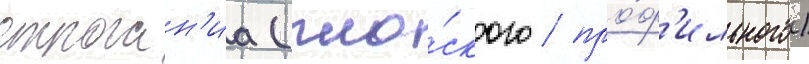
строган'иа (пло́ского / про́ф'ильного)